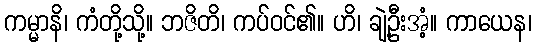
ကမ္မာနိ၊ ကံတို့သို့။ ဘဇိတိ၊ ကပ်ဝင်၏။ ဟိ၊ ချဲ့ဦးအံ့။ ကာယေန၊